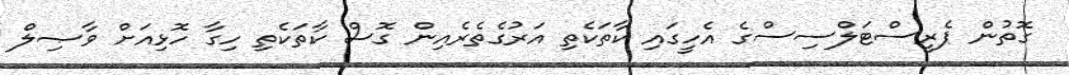
ގޮތުން ޕެރީސްޓަލްސިސްގެ އެހީގައި ކާތަކެތި އަރުގެތެރެއިން ގޮސް ކާތަކެތި ހިގާ ހޮޅިއަށް ވާޞިލް